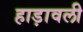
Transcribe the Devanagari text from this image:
हाड़ावली